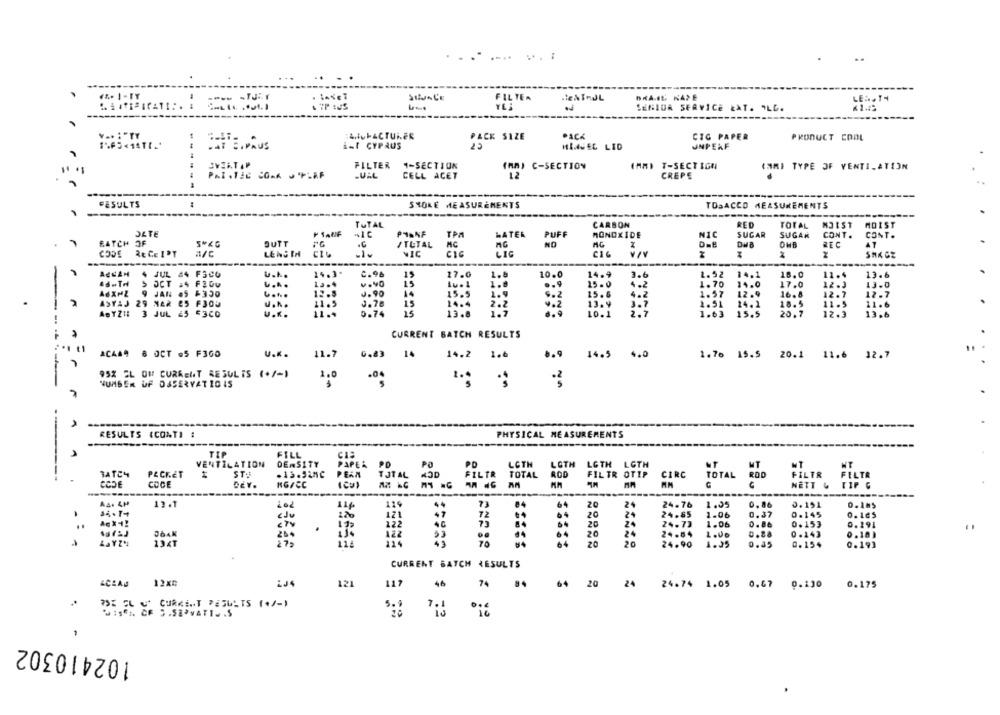
--------
FILTER
--
YL
SEGIUA SERVICE ŁAT. ALL.
---------
v .. : "TY
:A.vbACTUR.FR
PACK SIZE
CIG PAPER
PRODUCT COOL
1-t CYPRUS
MLAVEC LID
UNPERF
FILTER
1-SECTION
(AA) C-SECTION
(MM) T-SECTIGN
(MM) TYPE OF VENTI, ATION
.UAL
CELL ACET
12
CREPE
--
FESULTS
STOKE MEASUREMENTS
TOBACCO MEASUREMENTS
TOTAL
CARBON
RED
TOTAL
MOIST
MDIST
DATE
PIANF
TPA
WATER
PUFF
MONOXIDE
NIC
SUGAR
SUGAR
CONT.
CONT.
BATCH OF
S"KG
BUTT
MC
MG
NO
D-B
REC
/TUTAL
CODE
RECEIPT
a/c
LENGTH
NIC
CIG
LIG
CIG
---
14.3-
4 JUL 44 FSC0
v .h.
C.96
19
17.0
1.8
10.0
14.9
3.6
1. 52
14.1
11.4
13.6
OCT
.....
12.4
15
1.8
15.0
4.2
1.70
14.0
17.0
12.3
13.0
9 JAN .5 $350
12.5
J.90
15.5
1.9
15. 6
1.57
12.9
16.8
12.7
2.2.
9.2
4.2
12.7
ASTAJ 29 MAR 25 F3OU
u.h.
0.76
15
14.4
4.2
13.9
3.7
1.51
24.1
18.5
11.6
3 JUL 25 53CO
U.K.
11 ..
0.74
15
13.8
1-2
10.1
2.7
1.63
15.5
20.7
12.3
13.6
CURRENT BATCH RESULTS
AC4A9 8 OCT @5 FIGO
U.K.
11.7
0.83
14
14.2 1.6
8.9 14.5 4.0
1.76 15.5 20.1 11.6 32.7
95% EL OH CURRENT RESULTS (+/-)
1.0
NUMBER OF OSSERVATID IS
---
RESULTS (CONTI :
PHYSICAL MEASUREMENTS
----
TIP
FILL
VENTILATION
DENSITY
PAPER PD
PO
PD
LCTH
LOTH
LGTH LOTH
NT
MT
BATCH
PACKET
ST.
.13.528C
PEAN
TJTAL
FILTR
TOTAL
FILTR OTIP
CIRC
TOTAL
ROD
FILTR
FILTR
CODE
COCE
DEY.
KGFCC
(Cu)
NETT & TIP G
12.1
116
119
73
84
64
20
24
24.76
1.35
0,86
0.151
120
72
64
20
24
24.85
1.06
0.37
0.145
0.145
122
..
< TV
172
20
24
24.73
1.06
0.86
0.153
0.191
264
122
53
₫4
64
20
24
24.84
2000
0.88
0.143
27
114
70
20
20
24.90
1.35
0.45
0.154
0.193
CURRENT BATCH RESULTS
ACEAU
12x₪
LJ4
121
117
46
74
64
20
24
24.74 1.05 0.67 0.130 0.175
"Wis"I. CF S.SEPVATI. . $
102410302